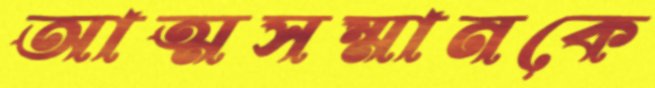
আত্মসম্মানকে